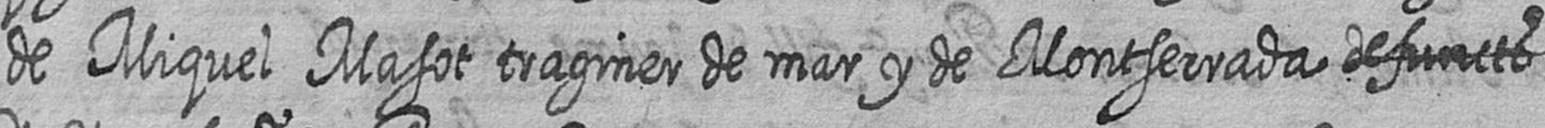
de Miquel Masot traginer de mar y de Montserrada defuncts